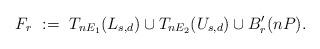
LaTeX: \begin{align*}F_r\ :=\ T_{nE_1}(L_{s,d}) \cup T_{nE_2}(U_{s,d}) \cup B'_r(nP).\end{align*}